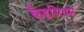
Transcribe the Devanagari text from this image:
कैडगियम